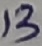
Text: 13